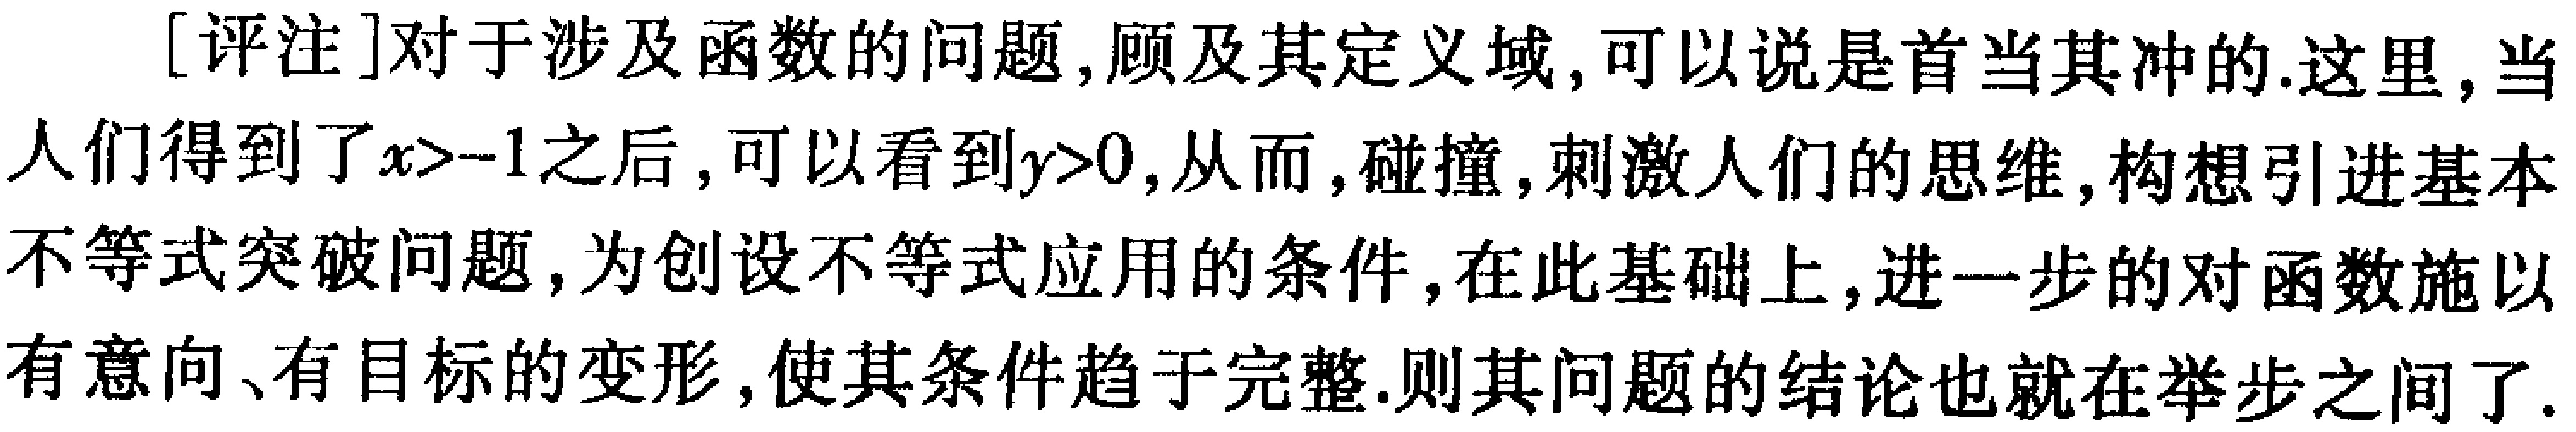
[评注]对于涉及函数的问题,顾及其定义域,可以说是首当其冲的.这里,当人们得到了\(x > - 1\)之后,可以看到\(y>0\),从而,碰撞,刺激人们的思维,构想引进基本不等式突破问题,为创设不等式应用的条件,在此基础上,进一步的对函数施以有意向、有目标的变形,使其条件趋于完整.则其问题的结论也就在举步之间了.